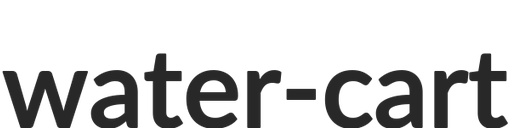
water-cart